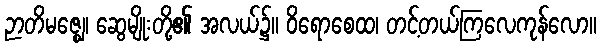
ဉာတိမဇ္ဈေ၊ ဆွေမျိုးတို့၏ အလယ်၌။ ဝိရောစေထ၊ တင့်တယ်ကြလေကုန်လော။